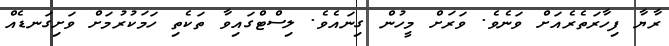
ރާޔާ ފިހާރަތެރެއަށް ވަނެވެ. ވަރަށް މީހުން ގިނައެވެ. ލިސްޓްގައިވާ ތަކެތި ހަމަކުރުމަށް ވަށިގަނޑެއް